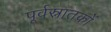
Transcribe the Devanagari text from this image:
पूर्वस्नातकों